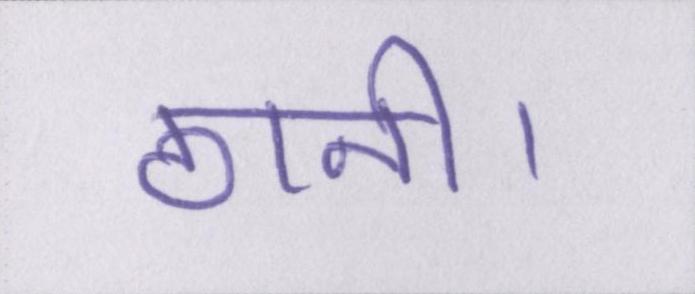
ठानी।